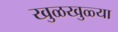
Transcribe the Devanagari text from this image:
खुळखुळ्या